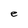
Character: e